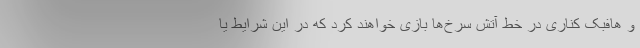
و هافبک کناری در خط آتش سرخ‌ها بازی خواهند کرد که در این شرایط یا